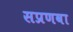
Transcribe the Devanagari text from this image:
सप्रणवा